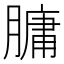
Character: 𦟛